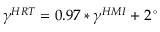
\gamma ^ { H R T } = 0 . 9 7 \ast \gamma ^ { H M I } + 2 \, ^ { \circ }